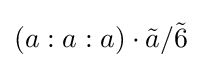
\left(a:a:a\right)\cdot {\tilde {a}}/{\tilde {6}}